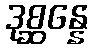
ဒုစ္ဆန္နေ